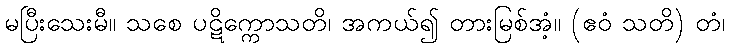
မပြီးသေးမီ။ သစေ ပဋိက္ကောသတိ၊ အကယ်၍ တားမြစ်အံ့။ (ဧဝံ သတိ) တံ၊